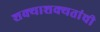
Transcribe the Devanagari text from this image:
शक्याशक्यतांची